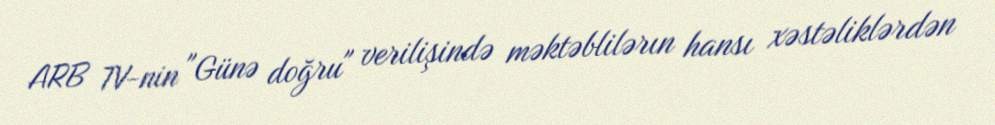
ARB TV-nin "Günə doğru" verilişində məktəblilərın hansı xəstəliklərdən